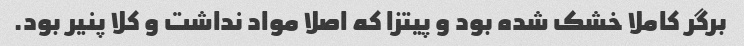
برگر کاملا خشک شده بود و پیتزا که اصلا مواد نداشت و کلا پنیر بود.